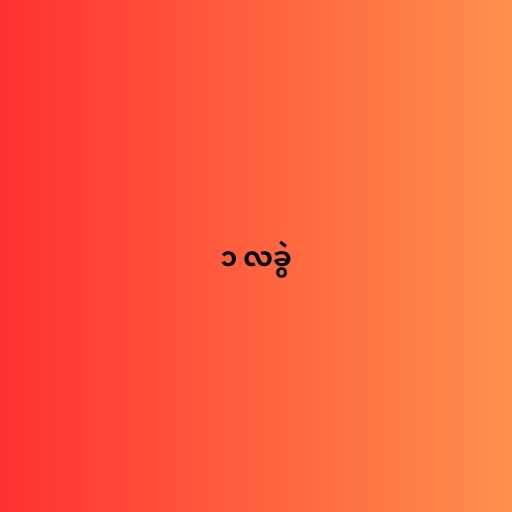
၁ လခွဲ